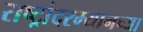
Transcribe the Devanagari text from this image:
राष्ट्रांदरम्यानच्या